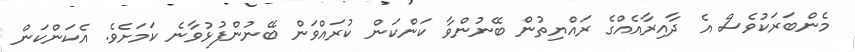
މެންބަރަކުވެސް އެ ދާއިރާއެއްގެ ރައްޔިތުން ބޭނުންވާ ކަންކަން ކުރައްވަން ބޭނުންފުޅުވާނެ ކަމަށެވެ. އެކަންކަން